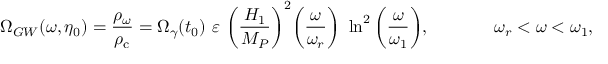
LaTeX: \Omega _ { G W } ( \omega , \eta _ { 0 } ) = \frac { \rho _ { \omega } } { \rho _ { \mathrm { c } } } = \Omega _ { \gamma } ( t _ { 0 } ) ~ \varepsilon ~ \biggl ( \frac { H _ { 1 } } { M _ { P } } \biggr ) ^ { 2 } \biggl ( \frac { \omega } { \omega _ { r } } \biggr ) ~ \ln ^ { 2 } { \biggl ( \frac { \omega } { \omega _ { 1 } } \biggr ) } , ~ ~ ~ ~ ~ ~ ~ ~ ~ ~ ~ \omega _ { r } < \omega < \omega _ { 1 } ,